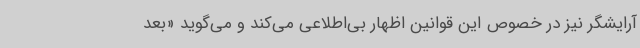
آرایشگر نیز در خصوص این قوانین اظهار بی‌اطلاعی می‌کند و می‌گوید «بعد